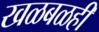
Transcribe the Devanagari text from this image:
खळबळही